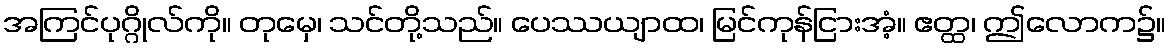
အကြင်ပုဂ္ဂိုလ်ကို။ တုမှေ၊ သင်တို့သည်။ ပေဿယျာထ၊ မြင်ကုန်ငြားအံ့။ ဧတ္ထ၊ ဤလောက၌။